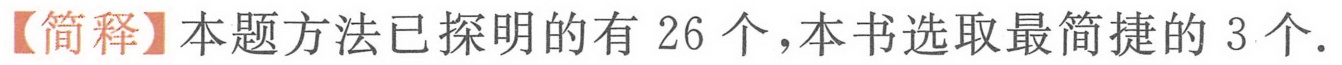
【简释】本题方法已探明的有 26 个，本书选取最简捷的 3 个.